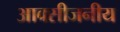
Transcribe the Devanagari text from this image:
आक्सीजनीय